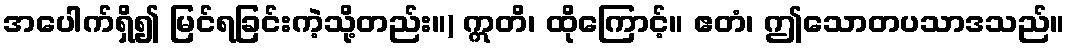
အပေါက်ရှိ၍ မြင်ရခြင်းကဲ့သို့တည်း။) ဣတိ၊ ထိုကြောင့်။ ဧတံ၊ ဤသောတပသာဒသည်။